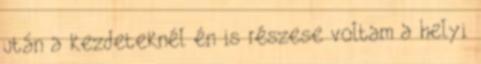
után a kezdeteknél én is részese voltam a helyi